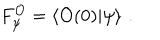
LaTeX: F _ { \psi } ^ { \mathcal { O } } = \left\langle \mathcal { O } ( 0 ) | \psi \right\rangle \, .